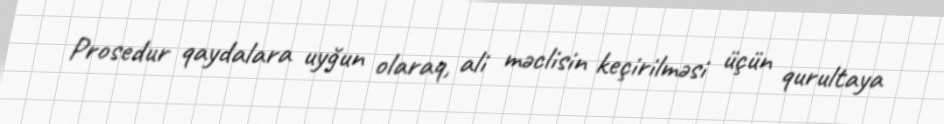
Prosedur qaydalara uyğun olaraq, ali məclisin keçirilməsi üçün qurultaya